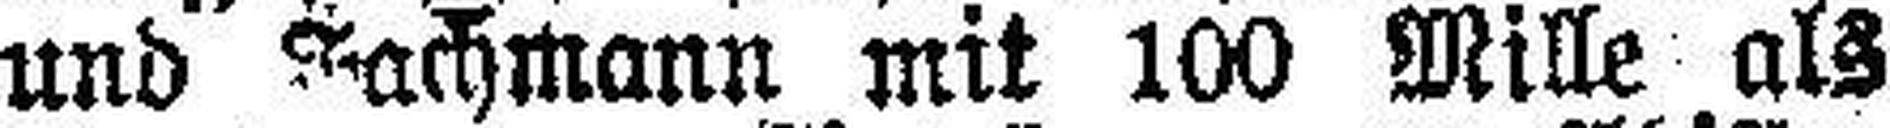
und Fachmann mit 100 Mille als